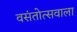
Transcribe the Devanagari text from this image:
वसंतोत्सवाला